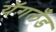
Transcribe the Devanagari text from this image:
यॅगलँड